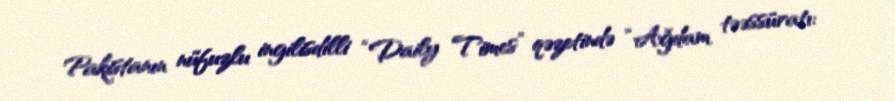
Pakistanın nüfuzlu ingilisdilli “Daily Times” qəzetində “Ağdam təəssüratı: